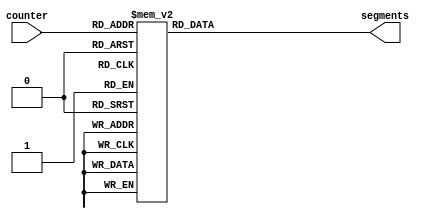
/*
      -- 1 --
     |       |
     6       2
     |       |
      -- 7 --
     |       |
     5       3
     |       |
      -- 4 --
*/

module seg7 (
    input wire [3:0] counter,
    output reg [6:0] segments
);

    always @(*) begin
        case(counter)
            //                7654321
            0:  segments = 7'b1011110; // d
            1:  segments = 7'b1111001; // E
            2:  segments = 7'b1110001; // F
            3:  segments = 7'b1110111; // A
            4:  segments = 7'b0111110; // U
            5:  segments = 7'b0111000; // L
            6:  segments = 7'b1111000; // t
            7:  segments = 7'b0000110; // 1
            8:  segments = 7'b1011011; // 2
            9:  segments = 7'b1001111; // 3
            /*
            0:  segments = 7'b0111111;
            1:  segments = 7'b0000110;
            2:  segments = 7'b1011011;
            3:  segments = 7'b1001111;
            4:  segments = 7'b1100110;
            5:  segments = 7'b1101101;
            6:  segments = 7'b1111101;
            7:  segments = 7'b0000111;
            8:  segments = 7'b1111111;
            9:  segments = 7'b1101111;
            10: segments = 7'b1110111;
            11: segments = 7'b1111100;
            12: segments = 7'b0111001;
            13: segments = 7'b1011110;
            14: segments = 7'b1111001;
            15: segments = 7'b1110001;
            */
	    default:
                segments = 7'b0111111;
        endcase
    end

endmodule